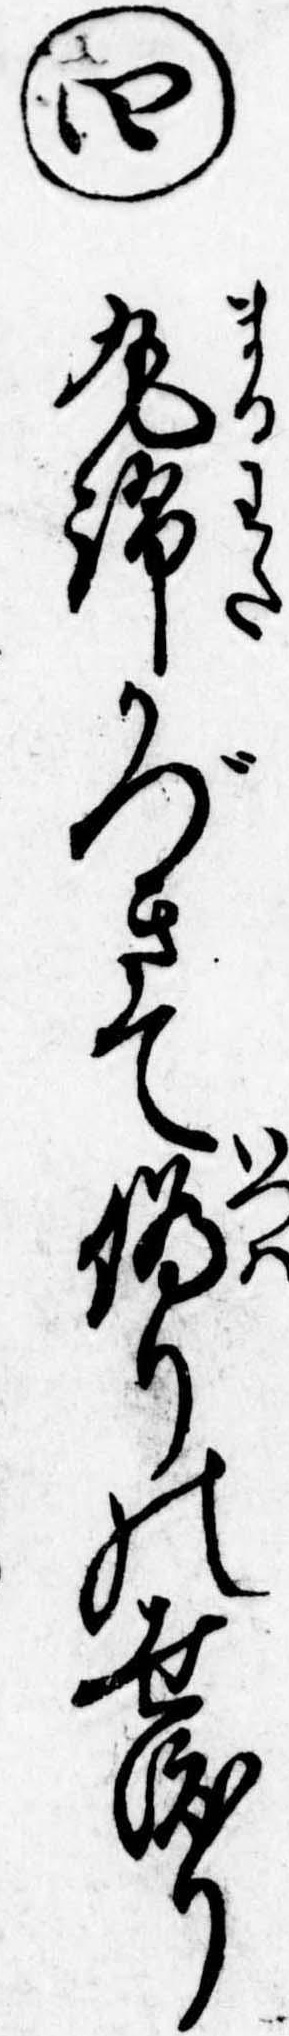
㊃丸綿かづきて偽りの世渡り